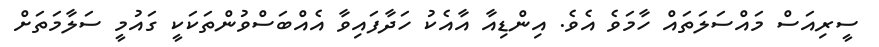
ސީރިއަސް މައްސަލަތައް ހާމަވެ އެވެ. އިންޑިއާ އާއެކު ހަދާފައިވާ އެއްބަސްވުންތަކަކީ ގައުމީ ސަލާމަތަށް